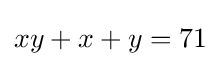
xy+x+y=71